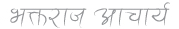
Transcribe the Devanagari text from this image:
भक्तराज आचार्य